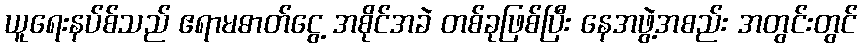
ယူရေးနပ်စ်သည် ဧရာမဓာတ်ငွေ့ အစိုင်အခဲ တစ်ခုဖြစ်ပြီး နေအဖွဲ့အစည်း အတွင်းတွင်